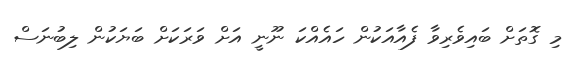
މި ގޮތަށް ބައިވެރިވާ ފެއާއަކުން ހައެއްކަ ނޫނީ އަށް ވަރަކަށް ބަޔަކުން ލިބުނަސް